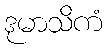
ဒုမာသိကံ